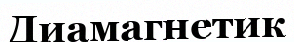
Диамагнетик